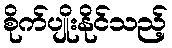
စိုက်ပျိုးနိုင်သည့်